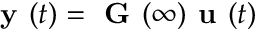
{ \textbf { y } } ( t ) = { \textbf { G } } ( \infty ) { \textbf { u } } ( t )